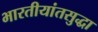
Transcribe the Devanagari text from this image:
भारतीयांतसुद्धा